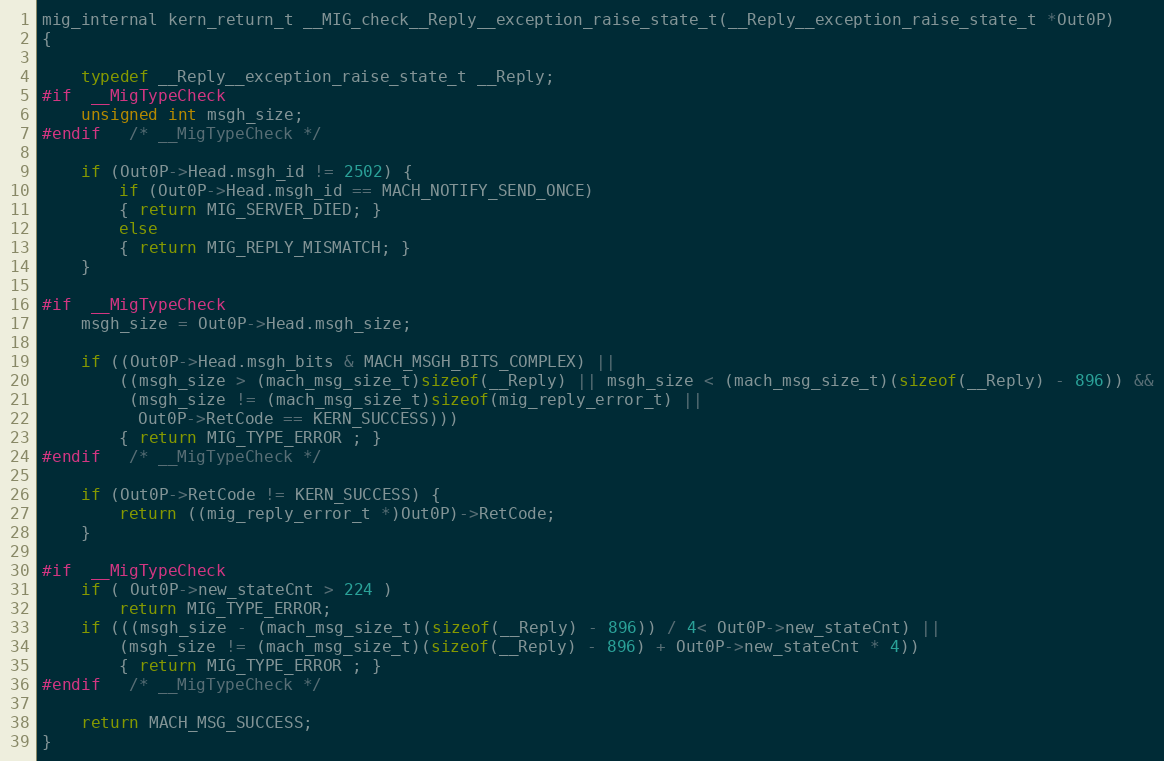
Language: C
mig_internal kern_return_t __MIG_check__Reply__exception_raise_state_t(__Reply__exception_raise_state_t *Out0P)
{

	typedef __Reply__exception_raise_state_t __Reply;
#if	__MigTypeCheck
	unsigned int msgh_size;
#endif	/* __MigTypeCheck */

	if (Out0P->Head.msgh_id != 2502) {
	    if (Out0P->Head.msgh_id == MACH_NOTIFY_SEND_ONCE)
		{ return MIG_SERVER_DIED; }
	    else
		{ return MIG_REPLY_MISMATCH; }
	}

#if	__MigTypeCheck
	msgh_size = Out0P->Head.msgh_size;

	if ((Out0P->Head.msgh_bits & MACH_MSGH_BITS_COMPLEX) ||
	    ((msgh_size > (mach_msg_size_t)sizeof(__Reply) || msgh_size < (mach_msg_size_t)(sizeof(__Reply) - 896)) &&
	     (msgh_size != (mach_msg_size_t)sizeof(mig_reply_error_t) ||
	      Out0P->RetCode == KERN_SUCCESS)))
		{ return MIG_TYPE_ERROR ; }
#endif	/* __MigTypeCheck */

	if (Out0P->RetCode != KERN_SUCCESS) {
		return ((mig_reply_error_t *)Out0P)->RetCode;
	}

#if	__MigTypeCheck
	if ( Out0P->new_stateCnt > 224 )
		return MIG_TYPE_ERROR;
	if (((msgh_size - (mach_msg_size_t)(sizeof(__Reply) - 896)) / 4< Out0P->new_stateCnt) ||
	    (msgh_size != (mach_msg_size_t)(sizeof(__Reply) - 896) + Out0P->new_stateCnt * 4))
		{ return MIG_TYPE_ERROR ; }
#endif	/* __MigTypeCheck */

	return MACH_MSG_SUCCESS;
}